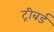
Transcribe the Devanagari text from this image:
ट्रीबर्ड